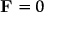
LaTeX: \mathbf { F } = 0